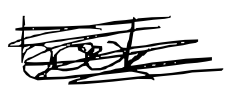
Text: book
Cross-out: scratch
Writing tool: digital_black